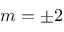
m = \pm 2